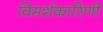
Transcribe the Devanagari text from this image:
विमर्शकारिणी